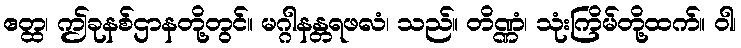
ဧတ္ထ၊ ဤခုနစ်ဌာနတို့တွင်။ မဂ္ဂါနန္တရဖလံ၊ သည်။ တိဏ္ဏံ၊ သုံးကြိမ်တို့ထက်။ ဝါ၊